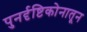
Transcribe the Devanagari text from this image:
पुनर्दृष्टिकोनातून